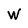
Character: W